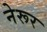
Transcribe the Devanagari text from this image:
नेरूर